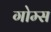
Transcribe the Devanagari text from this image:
गोम्‍स